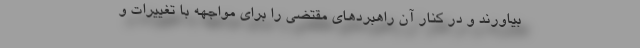
بیاورند و در کنار آن راهبردهای مقتضی را برای مواجهه با تغییرات و